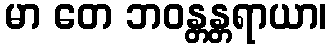
မာ တေ ဘဝန္တန္တရာယာ၊